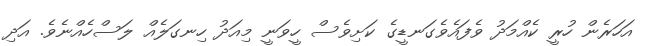
އަހަރެން ހުރީ ކެއްމަދު ވެފައެވެގަނޑީގެ ކަށިވެސް ހީވަނީ މިއަދު ހިނގަލެއް ލަސްހެއްނެވެ. އަދި